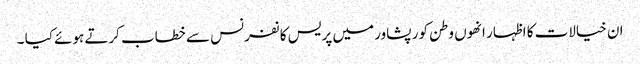
ان خیالات کا اظہار انھوں وطن کور پشاور میں پریس کا نفرنس سے خطاب کرتے ہوئے کیا ۔